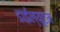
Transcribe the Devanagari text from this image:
डाईल्यूटम